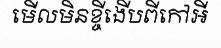
មើលមិនខ្ចីងើបពីកៅអី